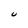
Character: U